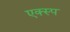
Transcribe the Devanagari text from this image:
एक्स्प